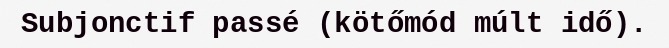
Subjonctif passé (kötőmód múlt idő).